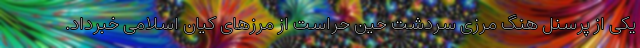
یکی از پرسنل هنگ مرزی سردشت حین حراست از مرزهای کیان اسلامی خبرداد.